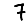
Digit: 7